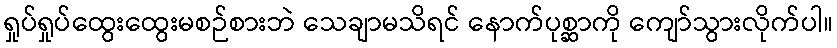
ရှုပ်ရှုပ်ထွေးထွေးမစဉ်စားဘဲ သေချာမသိရင် နောက်ပုစ္ဆာကို ကျော်သွားလိုက်ပါ။